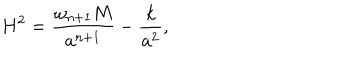
LaTeX: H ^ { 2 } = { \frac { \omega _ { n + 1 } M } { a ^ { n + 1 } } } - { \frac { k } { a ^ { 2 } } } ,